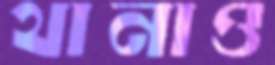
থানাও